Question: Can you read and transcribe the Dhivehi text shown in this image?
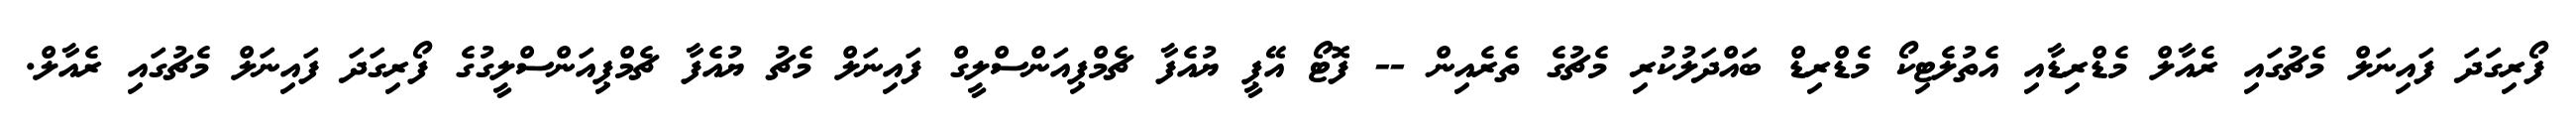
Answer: ފޯރިގަދަ ފައިނަލް މެޗުގައި ރެއާލް މެޑްރިޑާއި އެތުލެޓިކޯ މެޑްރިޑް ބައްދަލުކުރި މެޗުގެ ތެރެއިން -- ފޮޓޯ އޭޕީ ޔުއެފާ ޗެމްޕިއަންސްލީގް ފައިނަލް މެޗު ޔުއެފާ ޗެމްޕިއަންސްލީގުގެ ފޯރިގަދަ ފައިނަލް މެޗުގައި ރެއާލް.